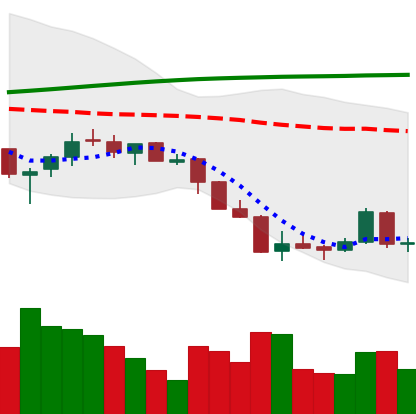
Ticker: LTC-USD
Chart end date: 2018-04-05
Forward return: -4.086%
Label: down_3_5